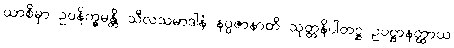
ယာစိမှာ ဥပနိက္ခမန္တိ သီလသမာဒါနံ နပ္ပဇာနာတိ သုတ္တနိပါတဋ္ဌ ဥပဋ္ဌာနတ္ထာယ